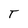
Character: T